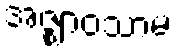
အဇ္ဈာဝသာမ